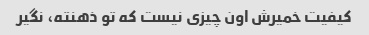
کیفیت خمیرش اون چیزی نیست که تو ذهنته، نگیر